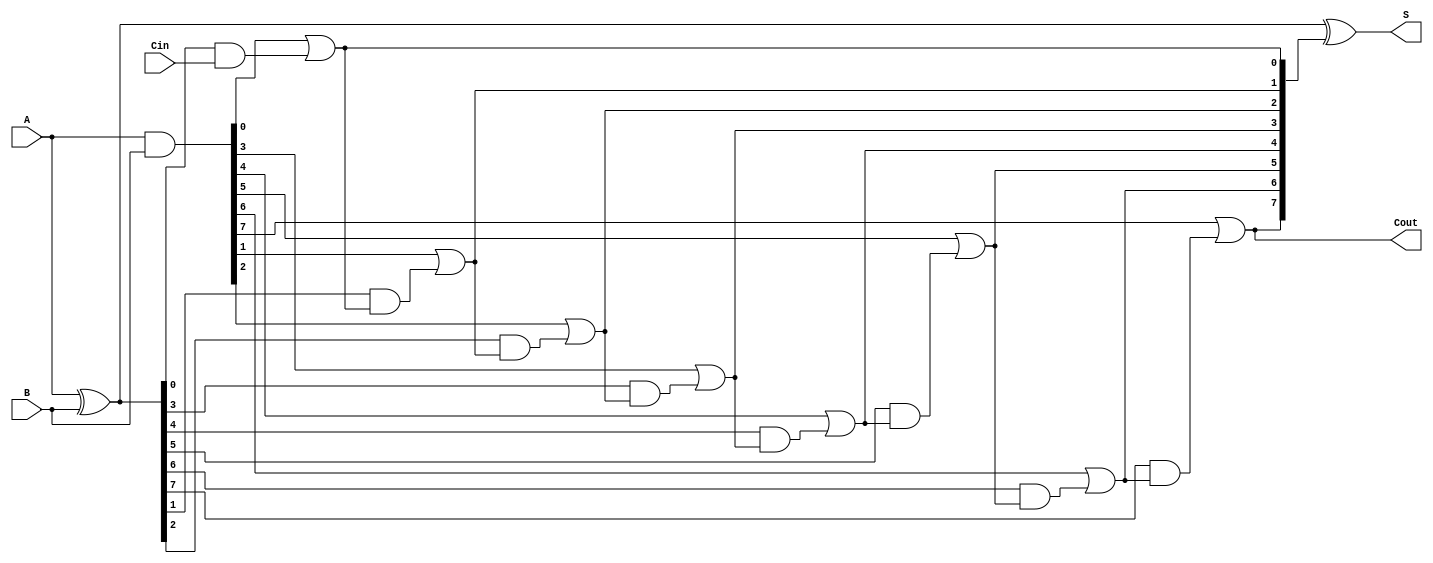
module SklanskyAdder #(parameter N = 8) (
    input  [N-1:0] A,      // First n-bit input
    input  [N-1:0] B,      // Second n-bit input
    input          Cin,     // Carry-in
    output [N-1:0] S,      // n-bit sum output
    output         Cout     // Carry-out
);

    // Generate and Propagate signals
    wire [N-1:0] G; // Generate
    wire [N-1:0] P; // Propagate
    wire [N:0] C;   // Carry signals

    // Generate and Propagate calculations
    assign G = A & B;          // G[i] = A[i] AND B[i]
    assign P = A ^ B;          // P[i] = A[i] XOR B[i]
    
    // Carry signals initialization
    assign C[0] = Cin;         // C[0] = Cin

    // Carry propagation logic
    genvar i;
    generate
        for (i = 0; i < N; i = i + 1) begin : carry_propagation
            if (i == 0) begin
                assign C[i + 1] = G[i] | (P[i] & C[i]); // C[1] = G[0] OR (P[0] AND C[0])
            end else begin
                assign C[i + 1] = G[i] | (P[i] & C[i]); // C[i+1] = G[i] OR (P[i] AND C[i])
            end
        end
    endgenerate

    // Sum calculation
    assign S = P ^ C[N:1]; // S[i] = P[i] XOR C[i]

    // Carry-out
    assign Cout = C[N]; // Final carry-out

endmodule